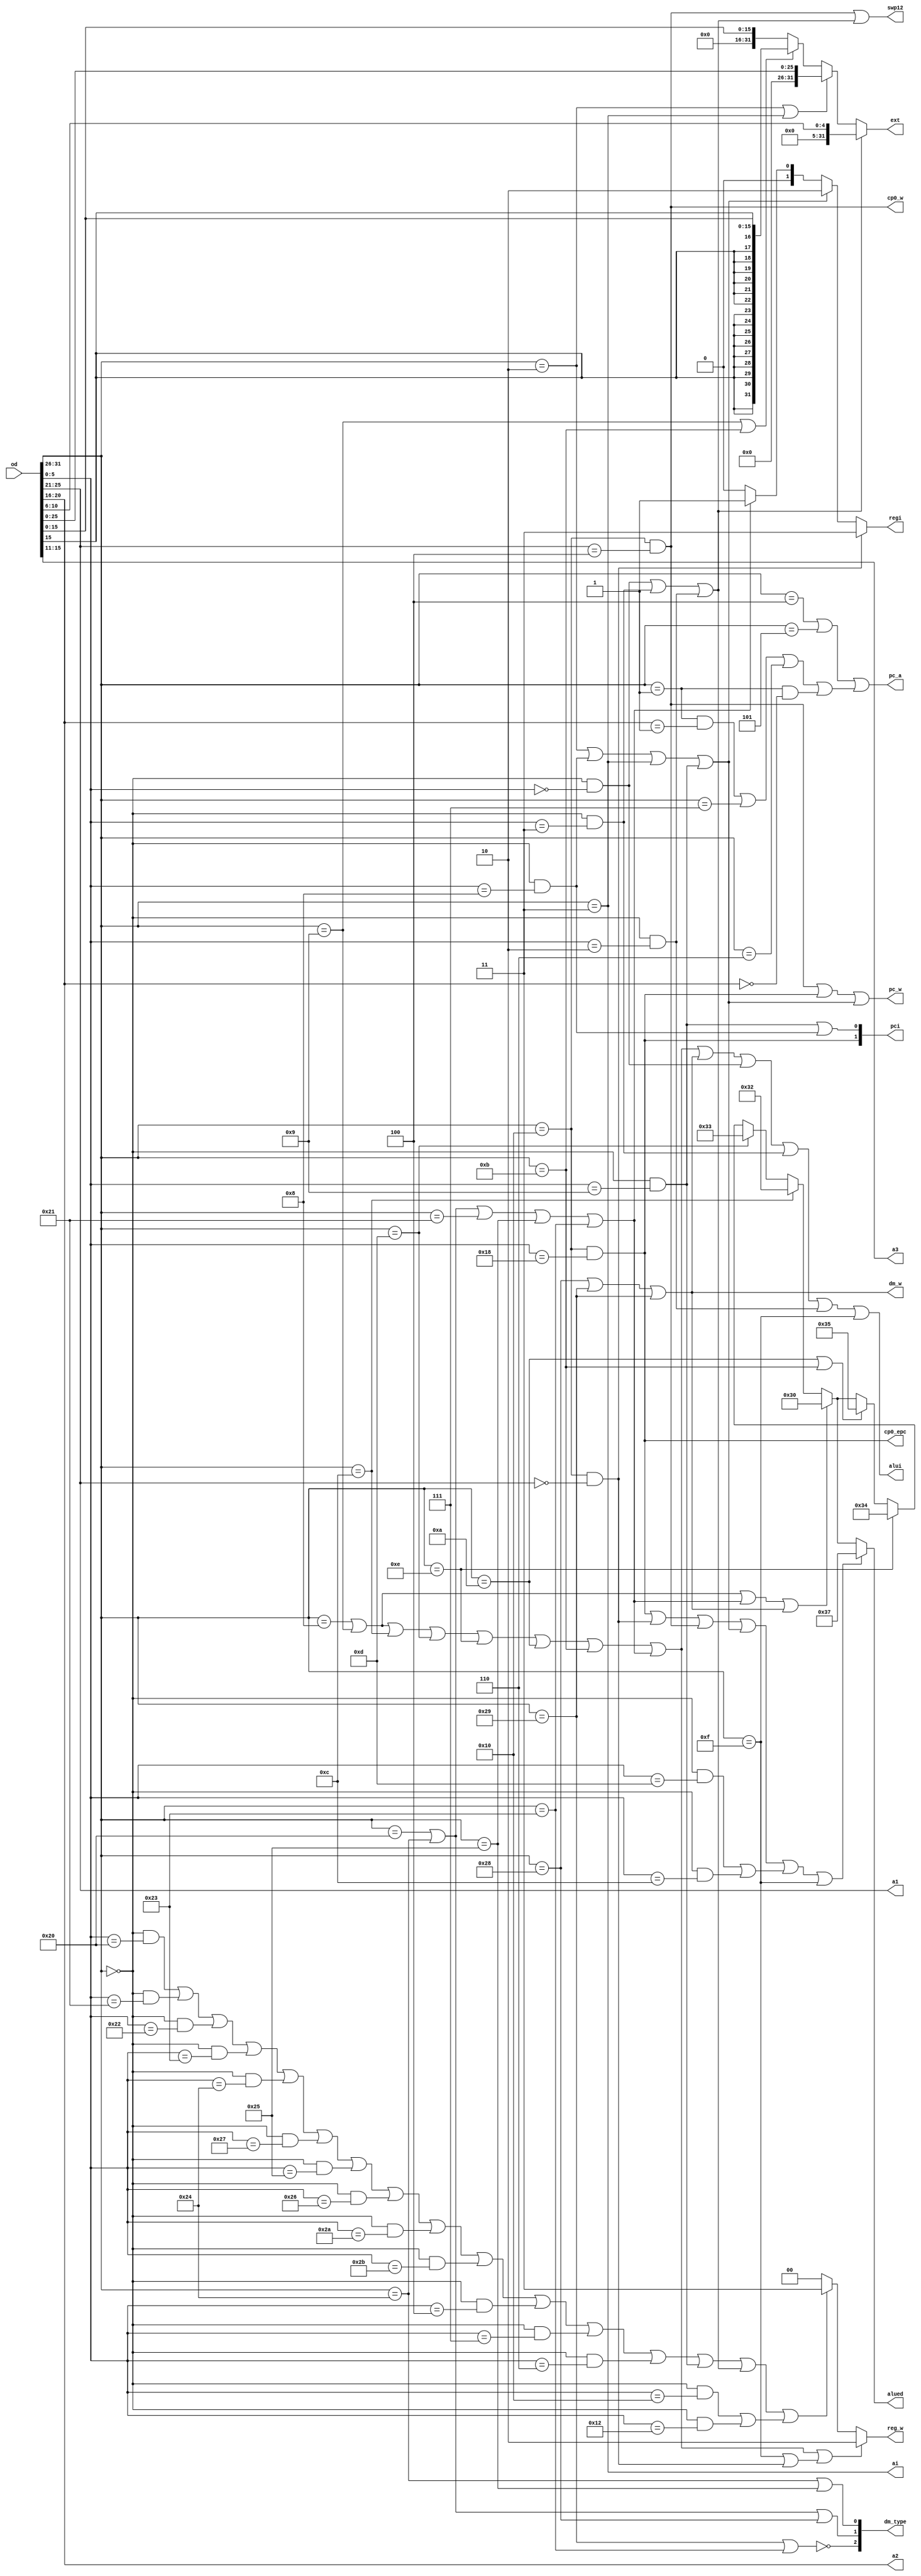
module co(
	input wire [31:0] od,

	output wire alui,
	// mian alu
	output wire [5:0] alued,
	// alu

	output wire [1:0] regi,
	output wire ai,
	// mian reg
	output wire swp12,
	output wire [1:0] reg_w,
	output wire [4:0] a1,
	output wire [4:0] a2,
	output wire [4:0] a3,
	// reg

	// output wire ext_get,
	output wire [31:0] ext,
	// ext

	output wire [1:0] pci,
	// mian ifu
	output wire pc_w,
	output wire pc_a,
	// ifu

	output wire cp0_epc,
	output wire cp0_w,
	// cp0

	output wire dm_w,
	output wire [2:0] dm_type
	// dm


	// output wire Regdst,
	// output wire Alusrc,
	// output wire Memtoreg,
	// output wire Memwrite,
	// output wire npc_sel
);

	parameter op1=6'b000000;
	parameter ed_add=6'b100000;
	parameter ed_addu=6'b100001;
	parameter ed_sub=6'b100010;
	parameter ed_subu=6'b100011;

	parameter ed_and=6'b100100;
	parameter ed_or=6'b100101;
	parameter ed_xor=6'b100110;
	parameter ed_nor=6'b100111;

	parameter ed_sll=6'b000000;
	parameter ed_sllv=6'b000100;
	parameter ed_sra=6'b000011;
	parameter ed_srav=6'b000111;
	parameter ed_srl=6'b000010;
	parameter ed_srlv=6'b000110;

	parameter ed_slt=6'b101010;
	parameter ed_sltu=6'b101011;

	parameter ed_div=6'b011010;
	parameter ed_divu=6'b011011;
	parameter ed_mult=6'b011000;
	parameter ed_multu=6'b011001;
	
	parameter ed_break=6'b001101;
	parameter ed_syscall=6'b001100;

	parameter ed_jalr=6'b001001;
	parameter ed_jr=6'b001000;

	parameter ed_mfhi=6'b010000;
	parameter ed_mflo=6'b010010;
	parameter ed_mthi=6'b010001;
	parameter ed_mtlo=6'b010011;

	parameter aed_ls=6'b111110;
	parameter aed_b=6'b111111;


	parameter op2=6'b010000;
	parameter ed_eret=6'b011000;
	parameter a1_mfc0=5'b00000;
	parameter a1_mtc0=5'b00100;

	parameter op3=6'b000001;
	parameter a2_bgez=5'b00001;
	parameter a2_bltz=5'b00000;

	parameter op_addi=6'b001000;
	parameter op_addiu=6'b001001;
	parameter op_andi=6'b001100;
	parameter op_ori=6'b001101;
	parameter op_xori=6'b001110;

	parameter op_beq=6'b000100;
	parameter op_bgtz=6'b000111;
	parameter op_blez=6'b000110;
	parameter op_bne=6'b000101;
	
	parameter op_j=6'b000010;
	parameter op_jal=6'b000011;

	parameter op_lb=6'b100000;
	parameter op_lbu=6'b100100;
	parameter op_lh=6'b100001;
	parameter op_lhu=6'b100101;
	parameter op_lw=6'b100011;
	
	parameter op_lui=6'b001111;

	parameter op_sb=6'b101000;
	parameter op_sh=6'b101001;
	parameter op_sw=6'b101001;

	parameter op_slti=6'b001010;
	parameter op_sltiu=6'b001011;
	
	// mips doc

	wire [5:0] op;
	wire [5:0] ed;
	wire [4:0] a4;
	wire [15:0] a16;
	wire [25:0] a26;
	assign op=od[31:26];
	assign ed=od[5:0];
	assign a1=od[25:21];
	assign a2=od[20:16];
	assign a3=od[15:11];
	assign a4=od[10:6];
	assign a16=od[15:0];
	assign a26=od[25:0];

	// split

	wire co_add=(op==op1)&&(ed==ed_add);
	wire co_addu=(op==op1)&&(ed==ed_addu);
	wire co_sub=(op==op1)&&(ed==ed_sub);
	wire co_subu=(op==op1)&&(ed==ed_subu);
	wire co_and=(op==op1)&&(ed==ed_and);
	wire co_or=(op==op1)&&(ed==ed_or);
	wire co_xor=(op==op1)&&(ed==ed_xor);
	wire co_nor=(op==op1)&&(ed==ed_nor);
	wire co_sll=(op==op1)&&(ed==ed_sll);
	wire co_sllv=(op==op1)&&(ed==ed_sllv);
	wire co_sra=(op==op1)&&(ed==ed_sra);
	wire co_srav=(op==op1)&&(ed==ed_srav);
	wire co_srl=(op==op1)&&(ed==ed_srl);
	wire co_srlv=(op==op1)&&(ed==ed_srlv);
	wire co_slt=(op==op1)&&(ed==ed_slt);
	wire co_sltu=(op==op1)&&(ed==ed_sltu);
	wire co_div=(op==op1)&&(ed==ed_div);
	wire co_divu=(op==op1)&&(ed==ed_divu);
	wire co_mult=(op==op1)&&(ed==ed_mult);
	wire co_multu=(op==op1)&&(ed==ed_multu);
	wire co_break=(op==op1)&&(ed==ed_break);
	wire co_syscall=(op==op1)&&(ed==ed_syscall);
	wire co_jalr=(op==op1)&&(ed==ed_jalr);
	wire co_jr=(op==op1)&&(ed==ed_jr);
	wire co_mfhi=(op==op1)&&(ed==ed_mfhi);
	wire co_mflo=(op==op1)&&(ed==ed_mflo);
	wire co_mthi=(op==op1)&&(ed==ed_mthi);
	wire co_mtlo=(op==op1)&&(ed==ed_mtlo);

	wire co_eret=(op==op2)&&(ed==ed_eret);
	wire co_mfc0=(op==op2)&&(a1==a1_mfc0);
	wire co_mtc0=(op==op2)&&(a1==a1_mtc0);

	wire co_bgez=(op==op3)&&(a2==a2_bgez);
	wire co_bltz=(op==op3)&&(a2==a2_bltz);
	
	wire co_addi=(op==op_addi);
	wire co_addiu=(op==op_addiu);
	wire co_andi=(op==op_andi);
	wire co_ori=(op==op_ori);
	wire co_xori=(op==op_xori);
	wire co_beq=(op==op_beq);
	wire co_bgtz=(op==op_bgtz);
	wire co_blez=(op==op_blez);
	wire co_bne=(op==op_bne);
	wire co_j=(op==op_j);
	wire co_jal=(op==op_jal);
	wire co_lb=(op==op_lb);
	wire co_lbu=(op==op_lbu);
	wire co_lh=(op==op_lh);
	wire co_lhu=(op==op_lhu);
	wire co_lw=(op==op_lw);
	wire co_lui=(op==op_lui);
	wire co_sb=(op==op_sb);
	wire co_sh=(op==op_sh);
	wire co_sw=(op==op_sw);
	wire co_slti=(op==op_slti);
	wire co_sltiu=(op==op_sltiu);

	// get title

	wire e_l=co_lb|co_lbu|co_lh|co_lhu|co_lw;
	wire e_s=co_sb|co_sh|co_sw;
	wire e_b1=co_beq|co_bne;
	wire e_b2=co_bgez|co_bgtz|co_blez|co_bltz;
	wire e_b=e_b1|e_b2;
	wire e_j=co_j|co_jr|co_jal|co_jalr;
	wire e_wt=co_break|co_syscall;

	wire e_add=co_addi|co_addiu|e_l|e_s;
	wire e_sub=0;
	wire e_and=co_andi;
	wire e_or=co_ori;
	wire e_xor=co_xori;
	wire e_slt=co_slti|co_sltiu;
	wire e_none=co_eret|co_mfc0|co_mtc0|e_j|e_wt|co_lui;

	wire e_i=co_addi|co_addiu|co_andi|co_ori|co_xori|co_slti|co_sltiu;
	// classify

	parameter ex_add=6'b110000;
	parameter ex_sub=6'b110001;
	parameter ex_and=6'b110010;
	parameter ex_or=6'b110011;
	parameter ex_xor=6'b110100;
	parameter ex_slt=6'b110101;

	parameter ex_a=6'b110110;
	parameter ex_b=6'b110111;

	parameter ex_bltz=6'b111000;
	parameter ex_bgez=6'b111001;
	parameter ex_beq=6'b111100;
	parameter ex_bne=6'b111101;
	parameter ex_blez=6'b111110;
	parameter ex_bgtz=6'b111111;

	// ex alu olders

	wire [5:0] alued1;
	wire [5:0] alued2;
	assign alued1=co_bltz?ex_bltz:(
		co_bgez?ex_bgez:(
			co_beq?ex_beq:(
				co_bne?ex_bne:(
					co_blez?ex_blez:(
						co_bgtz?ex_bgtz:ed
					)
				)
			)
		)
	);
	assign alued2=e_add?ex_add:(
		e_sub?ex_sub:(
			e_and?ex_and:(
				e_or?ex_or:(
					e_xor?ex_xor:(
						e_slt?ex_slt:alued2
					)
				)
			)
		)
	);
	assign alued=e_none?ex_b:alued2;
	assign alui=e_i|e_l|e_s|co_sll|co_sra|co_srl|co_lui;
	// alu op


	assign reg_rrx=co_div|co_divu|co_mult|co_multu|e_b1|e_s;
	assign reg_rxx=co_mthi|co_mtlo|co_jr|e_b2;
	assign reg_xrx=co_mtc0;

	assign reg_rrw=co_add|co_addu|co_sub|co_subu|co_and|co_nor|co_or|co_xor|co_slt|co_sltu|co_sllv|co_srav|co_srlv;
	assign reg_rxw=co_jalr;
	assign reg_xrw=co_sll|co_sra|co_srl;
	assign reg_xxw=co_mfhi|co_mflo;
	assign reg_rwx=e_i|e_l;
	assign reg_xwx=co_lui|co_mfc0;

	assign swp12=reg_xrx|reg_xrw;
	assign reg_w2=reg_rwx|reg_xwx;
	assign reg_w3=reg_rrw|reg_rxw|reg_xrw|reg_xxw;

	assign reg_w=reg_w2?2:(reg_w3?3:0);
	// reg write 

	parameter regw_alu=2'b00;
	parameter regw_mem=2'b01;//e_l
	parameter regw_pc4=2'b10;//jal,jalr
	parameter regw_cp0=2'b11;//mfc0

	assign regi=co_mfc0?regw_cp0:(
		e_j?regw_pc4:(
			e_l?regw_mem:regw_alu
		)
	);
	assign ai=co_jal;
	// reg op 

	wire i_ext16;
	wire op_ext16;
	wire op_ext5;
	wire op_ext26;
	assign i_ext16=co_addiu|co_sltiu;
	assign op_ext16=e_s|e_l|e_i|e_b|co_lui;
	assign op_ext5=reg_xrw;
	assign op_ext26=co_j|co_jal;
	// ext op
	
	// assign ext_get=op_ext16|op_ext26|op_ext5;
	assign ext=op_ext5?{{27{1'b0}},a4}:(
		op_ext26?{{6{1'b0}},a26}:(
			i_ext16?{
				{16{a16[15]}},a16
			}:{
				{16{1'b0}},a16
			}
		)
	);
	// ext directly


	parameter pcw_i=2'b00;
	parameter pcw_r=2'b01;//jalr,jr
	parameter pcw_0=2'b10;//eret
	assign pci={co_eret,co_jalr|co_jr};

	assign pc_w=co_mtc0|co_eret|e_j;
	assign pc_a=e_b;
	// ifu op

	assign cp0_epc=co_eret;
	assign cp0_w=co_mtc0;
	// cp0 op

	parameter dmt_w=3'b000;
	parameter dmt_h=3'b100;
	parameter dmt_hu=3'b101;
	parameter dmt_b=3'b110;
	parameter dmt_bu=3'b111;
	// dm data types

	assign dm_w=e_s;
	assign dm_type={
		~(co_sw|co_lw),
		co_lb|co_lbu|co_sb,
		co_lbu|co_lhu
	};
	// dm op

	// assign Regdst=addu|subu|sw;
	// assign Alusrc=ori|lw|sw;
	// assign Memtoreg=lw|lui;
	// assign Regwrite=addu|subu|ori|lw|lui;
	// assign Memwrite=sw;
	// assign npc_sel=beq;

endmodule